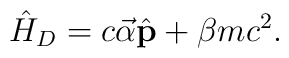
\hat H_D=c\vec{\alpha}\hat{\bf p}+\beta mc^2.